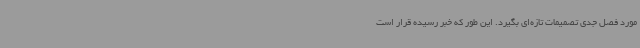
مورد فصل جدی تصمیمات تازه‌ای بگیرد. این طور که خبر رسیده قرار است